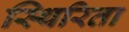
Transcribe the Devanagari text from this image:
स्थिरिता